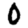
Digit: 0